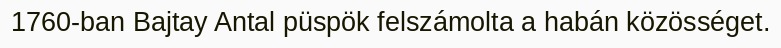
1760-ban Bajtay Antal püspök felszámolta a habán közösséget.